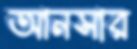
আনসার